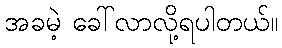
အခမဲ့ ခေါ်လာလို့ရပါတယ်။